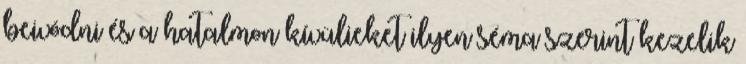
beivódni és a hatalmon kívülieket ilyen séma szerint kezelik